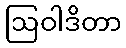
ဩဝါဒိတာ